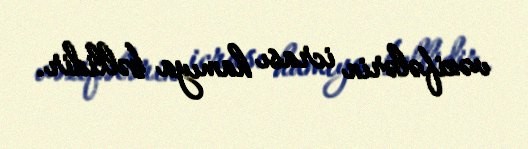
vəzifələrin icrası hamıya bəllidir.